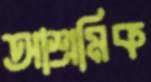
আশ্রমিক